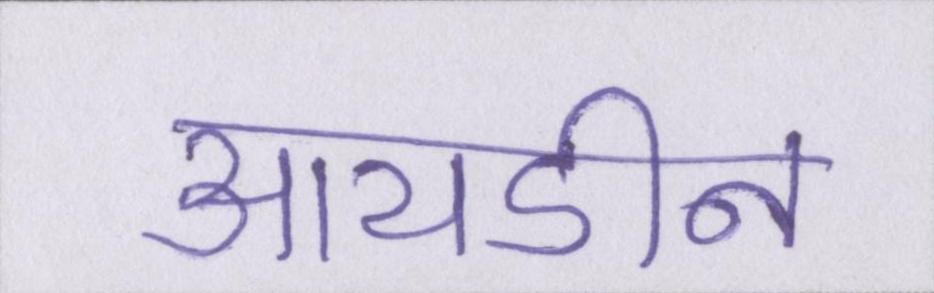
आयडीन